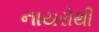
નાયરોથી